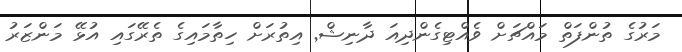
މަރުގެ ތުންފަތް މައްޗަށް ވެެއްޓިގެންދިއަ ދާނިޝް